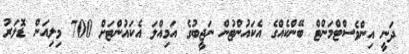
ދަނީ އިންވެސްޓްމަންޓް ބޭންކެއްގެ އެކައުންޓުން ނަޖީބުގެ އަމިއްލަ އެކައުންޓަށް 700 މިލިއަން ޑޮލަރު